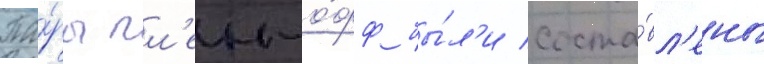
Па́ры пл'еи-о́фф бы́л'и соста́вл'ены